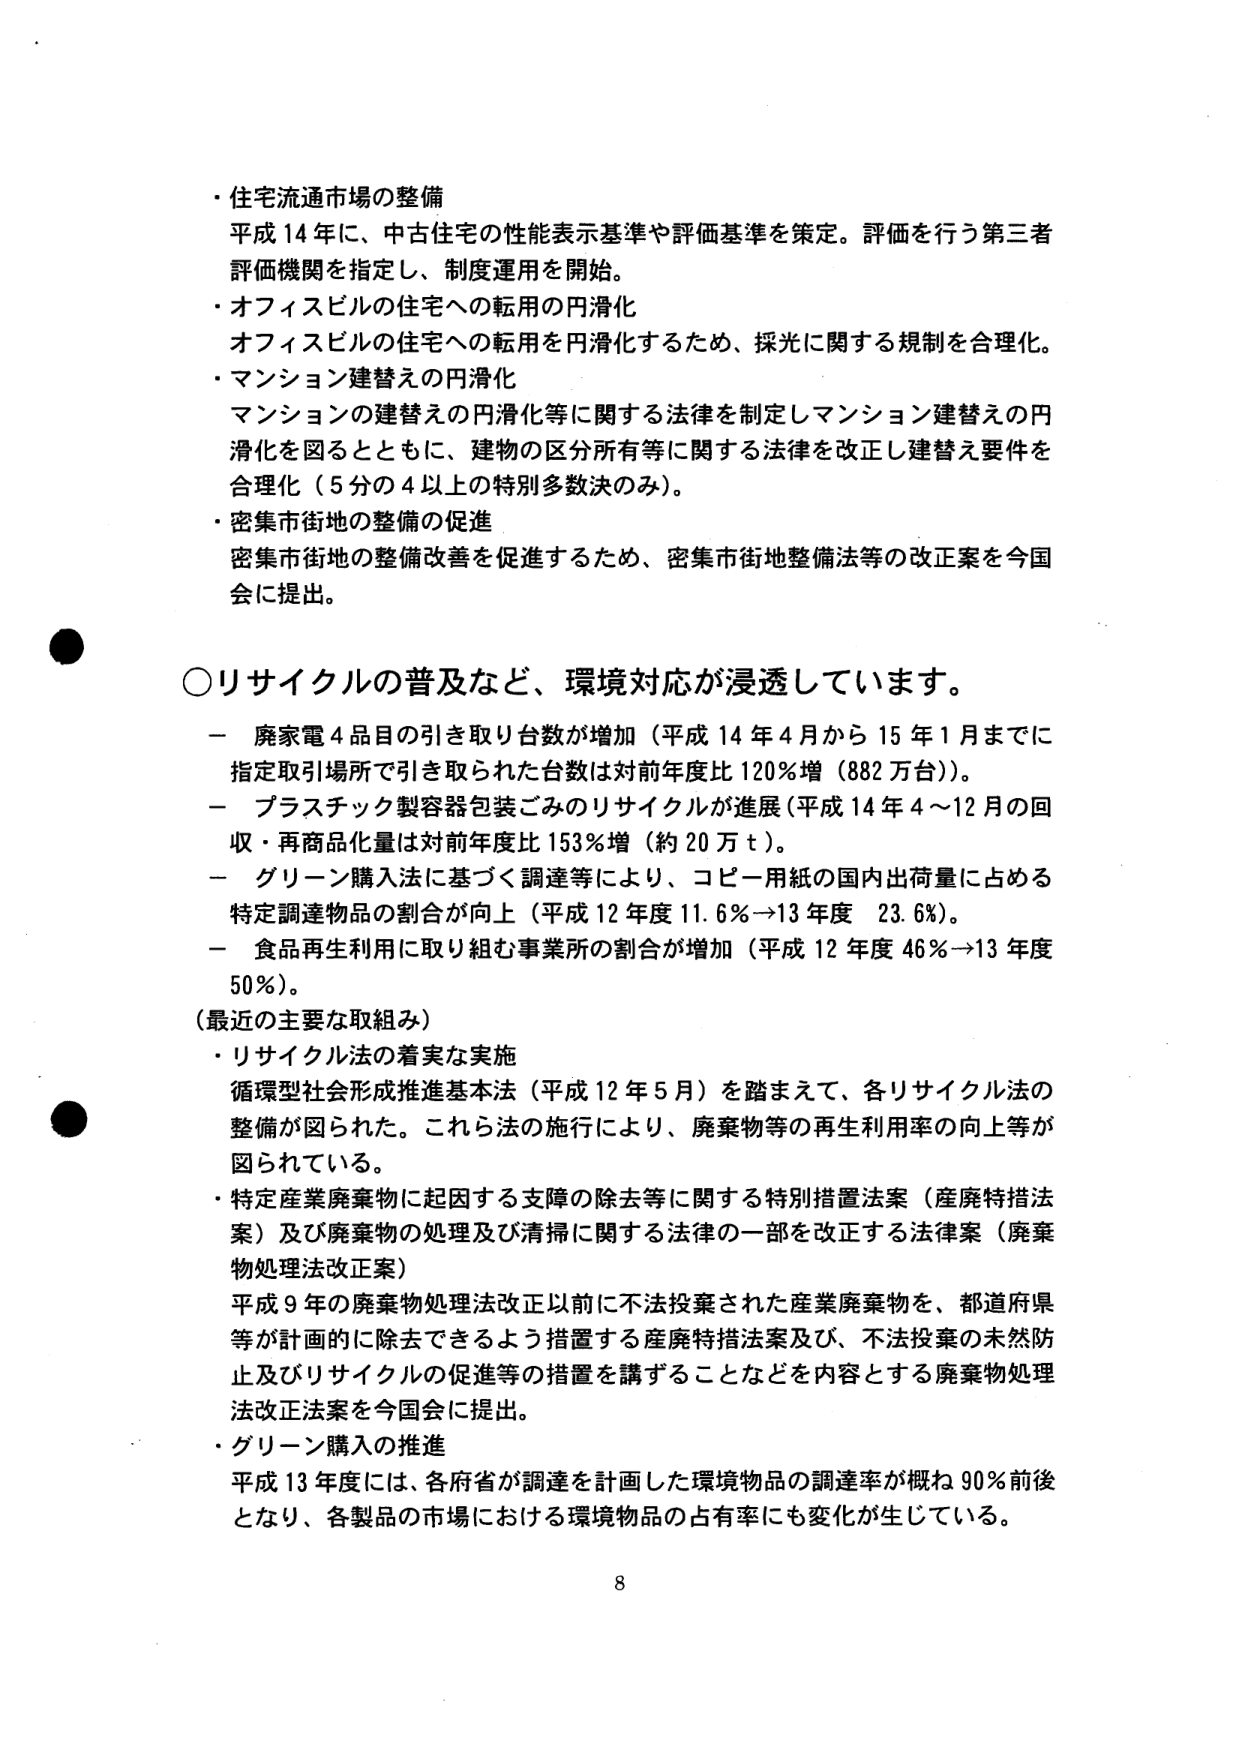
・住宅流通市場の整備
平成14年に、中古住宅の性能表示基準や評価基準を策定。評価を行う第三者評価機関を指定し、制度運用を開始。

・オフィスビルの住宅への転用の円滑化
オフィスビルの住宅への転用を円滑化するため、採光に関する規制を合理化。

・マンション建替えの円滑化
マンションの建替えの円滑化等に関する法律を制定しマンション建替えの円滑化を図るとともに、建物の区分所有等に関する法律を改正し建替え要件を合理化（5分の4以上の特別多数決のみ）。

・密集市街地の整備の促進
密集市街地の整備改善を促進するため、密集市街地整備法等の改正案を今国会に提出。

○リサイクルの普及など、環境対応が浸透しています。
－ 廃家電4品目の引き取り台数が増加（平成14年4月から15年1月までに指定取引場所で引き取られた台数は対前年度比120％増（882万台））。
－ プラスチック製容器包装ごみのリサイクルが進展（平成14年4～12月の回収・再商品化量は対前年度比153％増（約20万ｔ））。
－ グリーン購入法に基づく調達等により、コピー用紙の国内出荷量に占める特定調達物品の割合が向上（平成12年度11.6％→13年度23.6％）。
－ 食品再生利用に取り組む事業所の割合が増加（平成12年度46％→13年度50％）。

（最近の主要な取組み）
・リサイクル法の着実な実施
循環型社会形成推進基本法（平成12年5月）を踏まえて、各リサイクル法の整備が図られた。これら法の施行により、廃棄物等の再生利用率の向上等が図られている。

・特定産業廃棄物に起因する支障の除去等に関する特別措置法案（産廃特措法案）及び廃棄物の処理及び清掃に関する法律の一部を改正する法律案（廃棄物処理法改正案）
平成9年の廃棄物処理法改正以前に不法投棄された産業廃棄物を、都道府県等が計画的に除去できるよう措置する産廃特措法案及び、不法投棄の未然防止及びリサイクルの促進等の措置を講ずることなどを内容とする廃棄物処理法改正法案を今国会に提出。

・グリーン購入の推進
平成13年度には、各府省が調達を計画した環境物品の調達率が概ね90％前後となり、各製品の市場における環境物品の占有率にも変化が生じている。

8